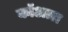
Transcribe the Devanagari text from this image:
कॉअत्ल